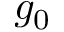
g _ { 0 }